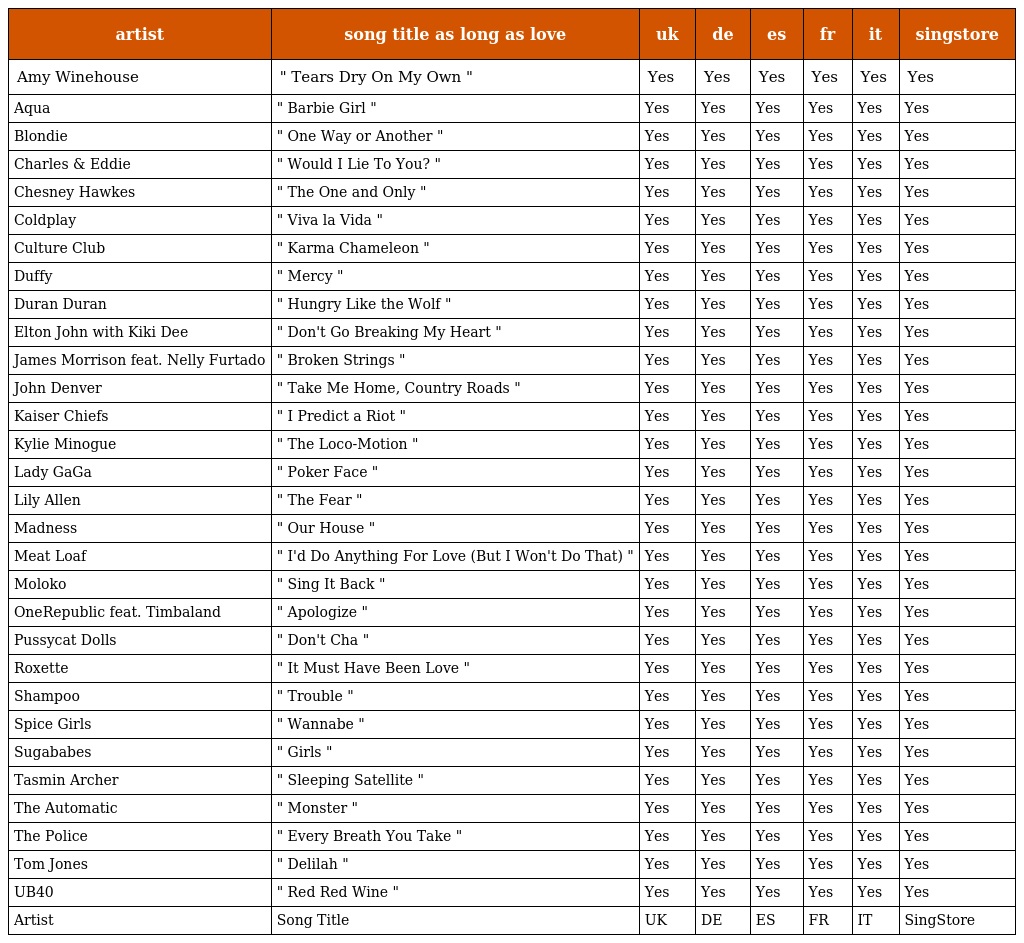
| artist | song title as long as love | uk | de | es | fr | it | singstore |
 | --- | --- | --- | --- | --- | --- | --- | --- |
 | Amy Winehouse | " Tears Dry On My Own " | Yes | Yes | Yes | Yes | Yes | Yes |
 | Aqua | " Barbie Girl " | Yes | Yes | Yes | Yes | Yes | Yes |
 | Blondie | " One Way or Another " | Yes | Yes | Yes | Yes | Yes | Yes |
 | Charles & Eddie | " Would I Lie To You? " | Yes | Yes | Yes | Yes | Yes | Yes |
 | Chesney Hawkes | " The One and Only " | Yes | Yes | Yes | Yes | Yes | Yes |
 | Coldplay | " Viva la Vida " | Yes | Yes | Yes | Yes | Yes | Yes |
 | Culture Club | " Karma Chameleon " | Yes | Yes | Yes | Yes | Yes | Yes |
 | Duffy | " Mercy " | Yes | Yes | Yes | Yes | Yes | Yes |
 | Duran Duran | " Hungry Like the Wolf " | Yes | Yes | Yes | Yes | Yes | Yes |
 | Elton John with Kiki Dee | " Don't Go Breaking My Heart " | Yes | Yes | Yes | Yes | Yes | Yes |
 | James Morrison feat. Nelly Furtado | " Broken Strings " | Yes | Yes | Yes | Yes | Yes | Yes |
 | John Denver | " Take Me Home, Country Roads " | Yes | Yes | Yes | Yes | Yes | Yes |
 | Kaiser Chiefs | " I Predict a Riot " | Yes | Yes | Yes | Yes | Yes | Yes |
 | Kylie Minogue | " The Loco-Motion " | Yes | Yes | Yes | Yes | Yes | Yes |
 | Lady GaGa | " Poker Face " | Yes | Yes | Yes | Yes | Yes | Yes |
 | Lily Allen | " The Fear " | Yes | Yes | Yes | Yes | Yes | Yes |
 | Madness | " Our House " | Yes | Yes | Yes | Yes | Yes | Yes |
 | Meat Loaf | " I'd Do Anything For Love (But I Won't Do That) " | Yes | Yes | Yes | Yes | Yes | Yes |
 | Moloko | " Sing It Back " | Yes | Yes | Yes | Yes | Yes | Yes |
 | OneRepublic feat. Timbaland | " Apologize " | Yes | Yes | Yes | Yes | Yes | Yes |
 | Pussycat Dolls | " Don't Cha " | Yes | Yes | Yes | Yes | Yes | Yes |
 | Roxette | " It Must Have Been Love " | Yes | Yes | Yes | Yes | Yes | Yes |
 | Shampoo | " Trouble " | Yes | Yes | Yes | Yes | Yes | Yes |
 | Spice Girls | " Wannabe " | Yes | Yes | Yes | Yes | Yes | Yes |
 | Sugababes | " Girls " | Yes | Yes | Yes | Yes | Yes | Yes |
 | Tasmin Archer | " Sleeping Satellite " | Yes | Yes | Yes | Yes | Yes | Yes |
 | The Automatic | " Monster " | Yes | Yes | Yes | Yes | Yes | Yes |
 | The Police | " Every Breath You Take " | Yes | Yes | Yes | Yes | Yes | Yes |
 | Tom Jones | " Delilah " | Yes | Yes | Yes | Yes | Yes | Yes |
 | UB40 | " Red Red Wine " | Yes | Yes | Yes | Yes | Yes | Yes |
 | Artist | Song Title | UK | DE | ES | FR | IT | SingStore |